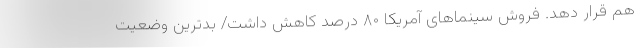
هم قرار دهد. فروش سینماهای آمریکا ۸۰ درصد کاهش داشت/ بدترین وضعیت